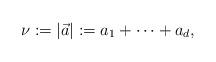
LaTeX: \begin{align*} \nu:=|\vec{a}|:=a_1+\cdots+a_d, \end{align*}